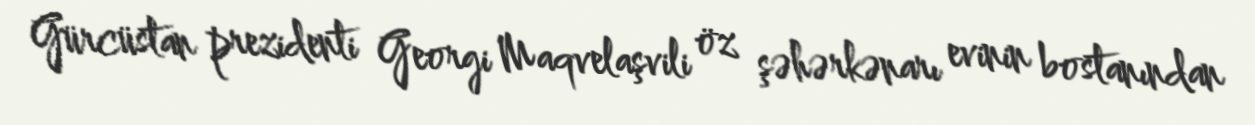
Gürcüstan prezidenti Georgi Maqvelaşvili öz şəhərkənarı evinin bostanından